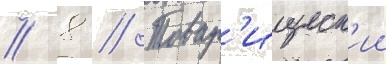
// 8 // Товар'ищеск'ии